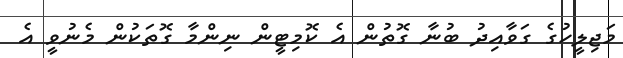
މަޖިލީހުގެ ގަވާއިދު ބުނާ ގޮތުން އެ ކޮމިޓީން ނިންމާ ގޮތަކުން މެނުވީ އެ